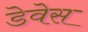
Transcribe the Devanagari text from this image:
डेवेस